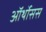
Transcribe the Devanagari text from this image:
ऑर्थोसस